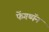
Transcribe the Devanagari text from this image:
फेंगथ्यॅन